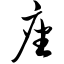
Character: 座